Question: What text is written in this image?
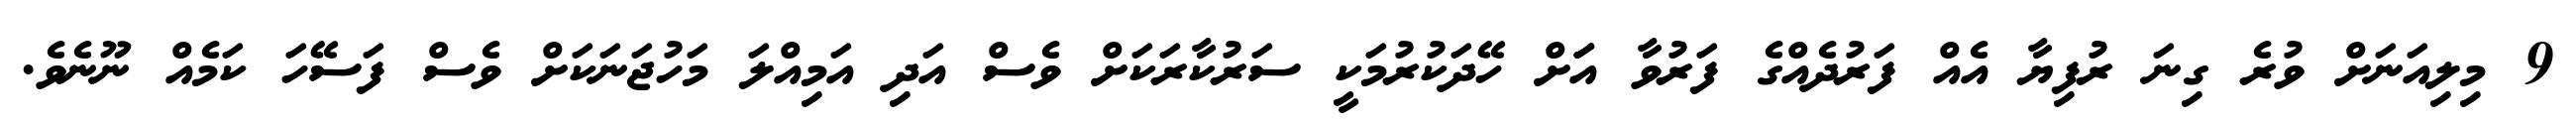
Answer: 9 މިލިއަނަށް ވުރެ ގިނަ ރުފިޔާ އެއް ފަރުދެއްގެ ފަރުވާ އަަށް ހޭދަކުރުމަކީ ސަރުކާރަކަށް ވެސް އަދި އަމިއްލަ މަހުޖަނަކަށް ވެސް ފަސޭހަ ކަމެއް ނޫނެވެ.